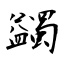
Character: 蠲